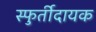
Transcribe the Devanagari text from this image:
स्फुर्तीदायक